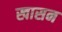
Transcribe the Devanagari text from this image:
खासन